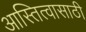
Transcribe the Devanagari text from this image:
आस्तित्वासाठी